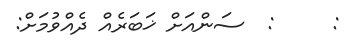
:     :  ސަންއަށް ޚަބަރެއް ދެއްވުމަށް: